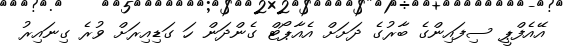
އޭއެފްޕީ ސިފައިންގެ ބާރުގެ ދަށަށް އެއާޕޯޓް ގެންދަން ހަ ގަޑިއިރަށް ވުރެ ގިނައިރު